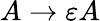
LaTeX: A\to\varepsilon A